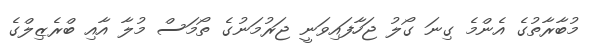
މުބާރާތުގެ އެންމެ ގިނަ ގޯލު ޖަހާފައިވަނީ ޖަރުމަނުގެ ތޯމަސް މުލާ އާއި ބްރެޒިލްގެ